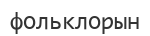
фольклорын